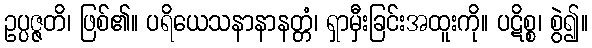
ဥပ္ပဇ္ဇတိ၊ ဖြစ်၏။ ပရိယေသနာနာနတ္တံ၊ ရှာမှီးခြင်းအထူးကို။ ပဋိစ္စ၊ စွဲ၍။